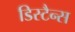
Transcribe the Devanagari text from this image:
डिस्टैन्स